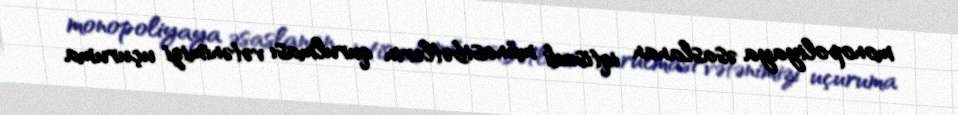
monopoliyaya əsaslanan iqtisadi münasibətlərin qurulması vətənimizi uçuruma